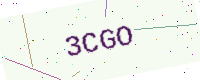
Text: 3CGO